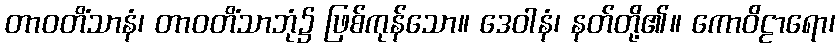
တာဝတိံသာနံ၊ တာဝတိံသာဘုံ၌ ဖြစ်ကုန်သော။ ဒေဝါနံ၊ နတ်တို့၏။ ကောဝိဠာရော၊